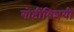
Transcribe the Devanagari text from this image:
गोष्टींविशयीं